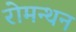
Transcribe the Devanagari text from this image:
रोमन्थन